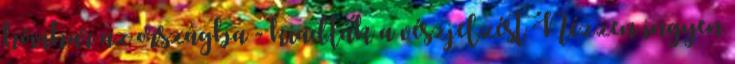
hóvihar az országba - kiadták a vészjelzést Nézzen ingyen